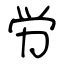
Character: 労